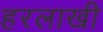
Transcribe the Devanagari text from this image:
हरलाखी